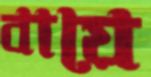
বায়ে